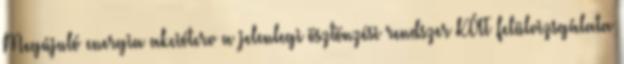
Megújuló energia akcióterv a jelenlegi ösztönzési rendszer KÁT felülvizsgálata